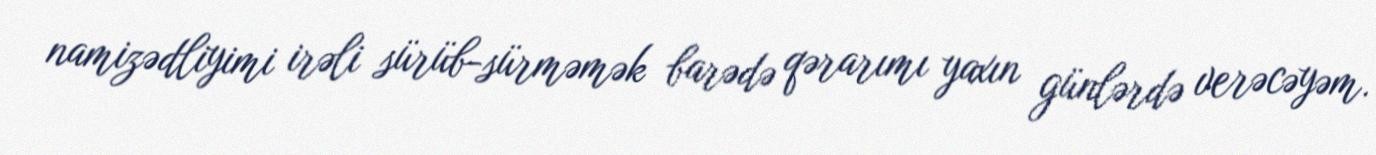
namizədliyimi irəli sürüb-sürməmək barədə qərarımı yaxın günlərdə verəcəyəm.